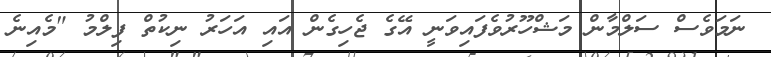
ނަމަވެސް ސަލްމާން މަޝްހޫރުވެފައިވަނީ އޭގެ ޖެހިގެން އައި އަހަރު ނިކުތް ފިލްމު "މެއިނެ